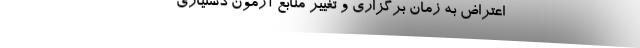
------------------ اعتراض به زمان برگزاری و تغییر منابع آزمون دستیاری